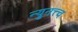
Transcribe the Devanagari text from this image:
न्युनत्त्व